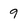
Character: 9